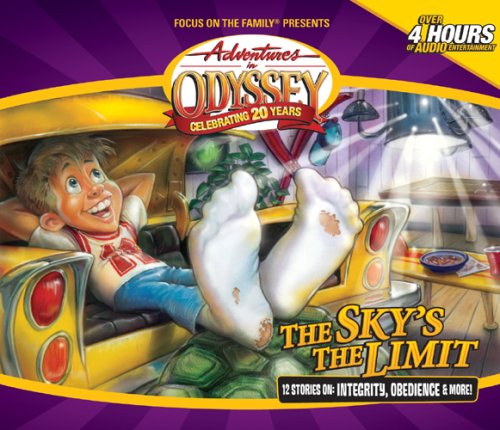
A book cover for The Sky's the Limit (Adventures in Odyssey); AIO Team; Humor & Entertainment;